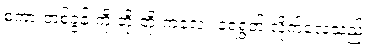
စကားတစ်ခွန်းကို တိုးတိုးကလေး ရေရွတ် လိုက်လေသည်။